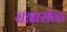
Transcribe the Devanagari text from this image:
राग्नारॉक